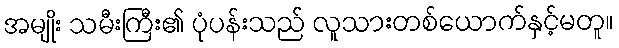
အမျိုး သမီးကြီး၏ ပုံပန်းသည် လူသားတစ်ယောက်နှင့်မတူ။